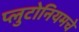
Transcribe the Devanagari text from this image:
प्लुटोनियमचे